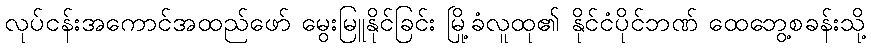
လုပ်ငန်းအကောင်အထည်ဖော် မွေးမြူနိုင်ခြင်း မြို့ခံလူထု၏ နိုင်ငံပိုင်ဘဏ် ထေဘွေ့စခန်းသို့